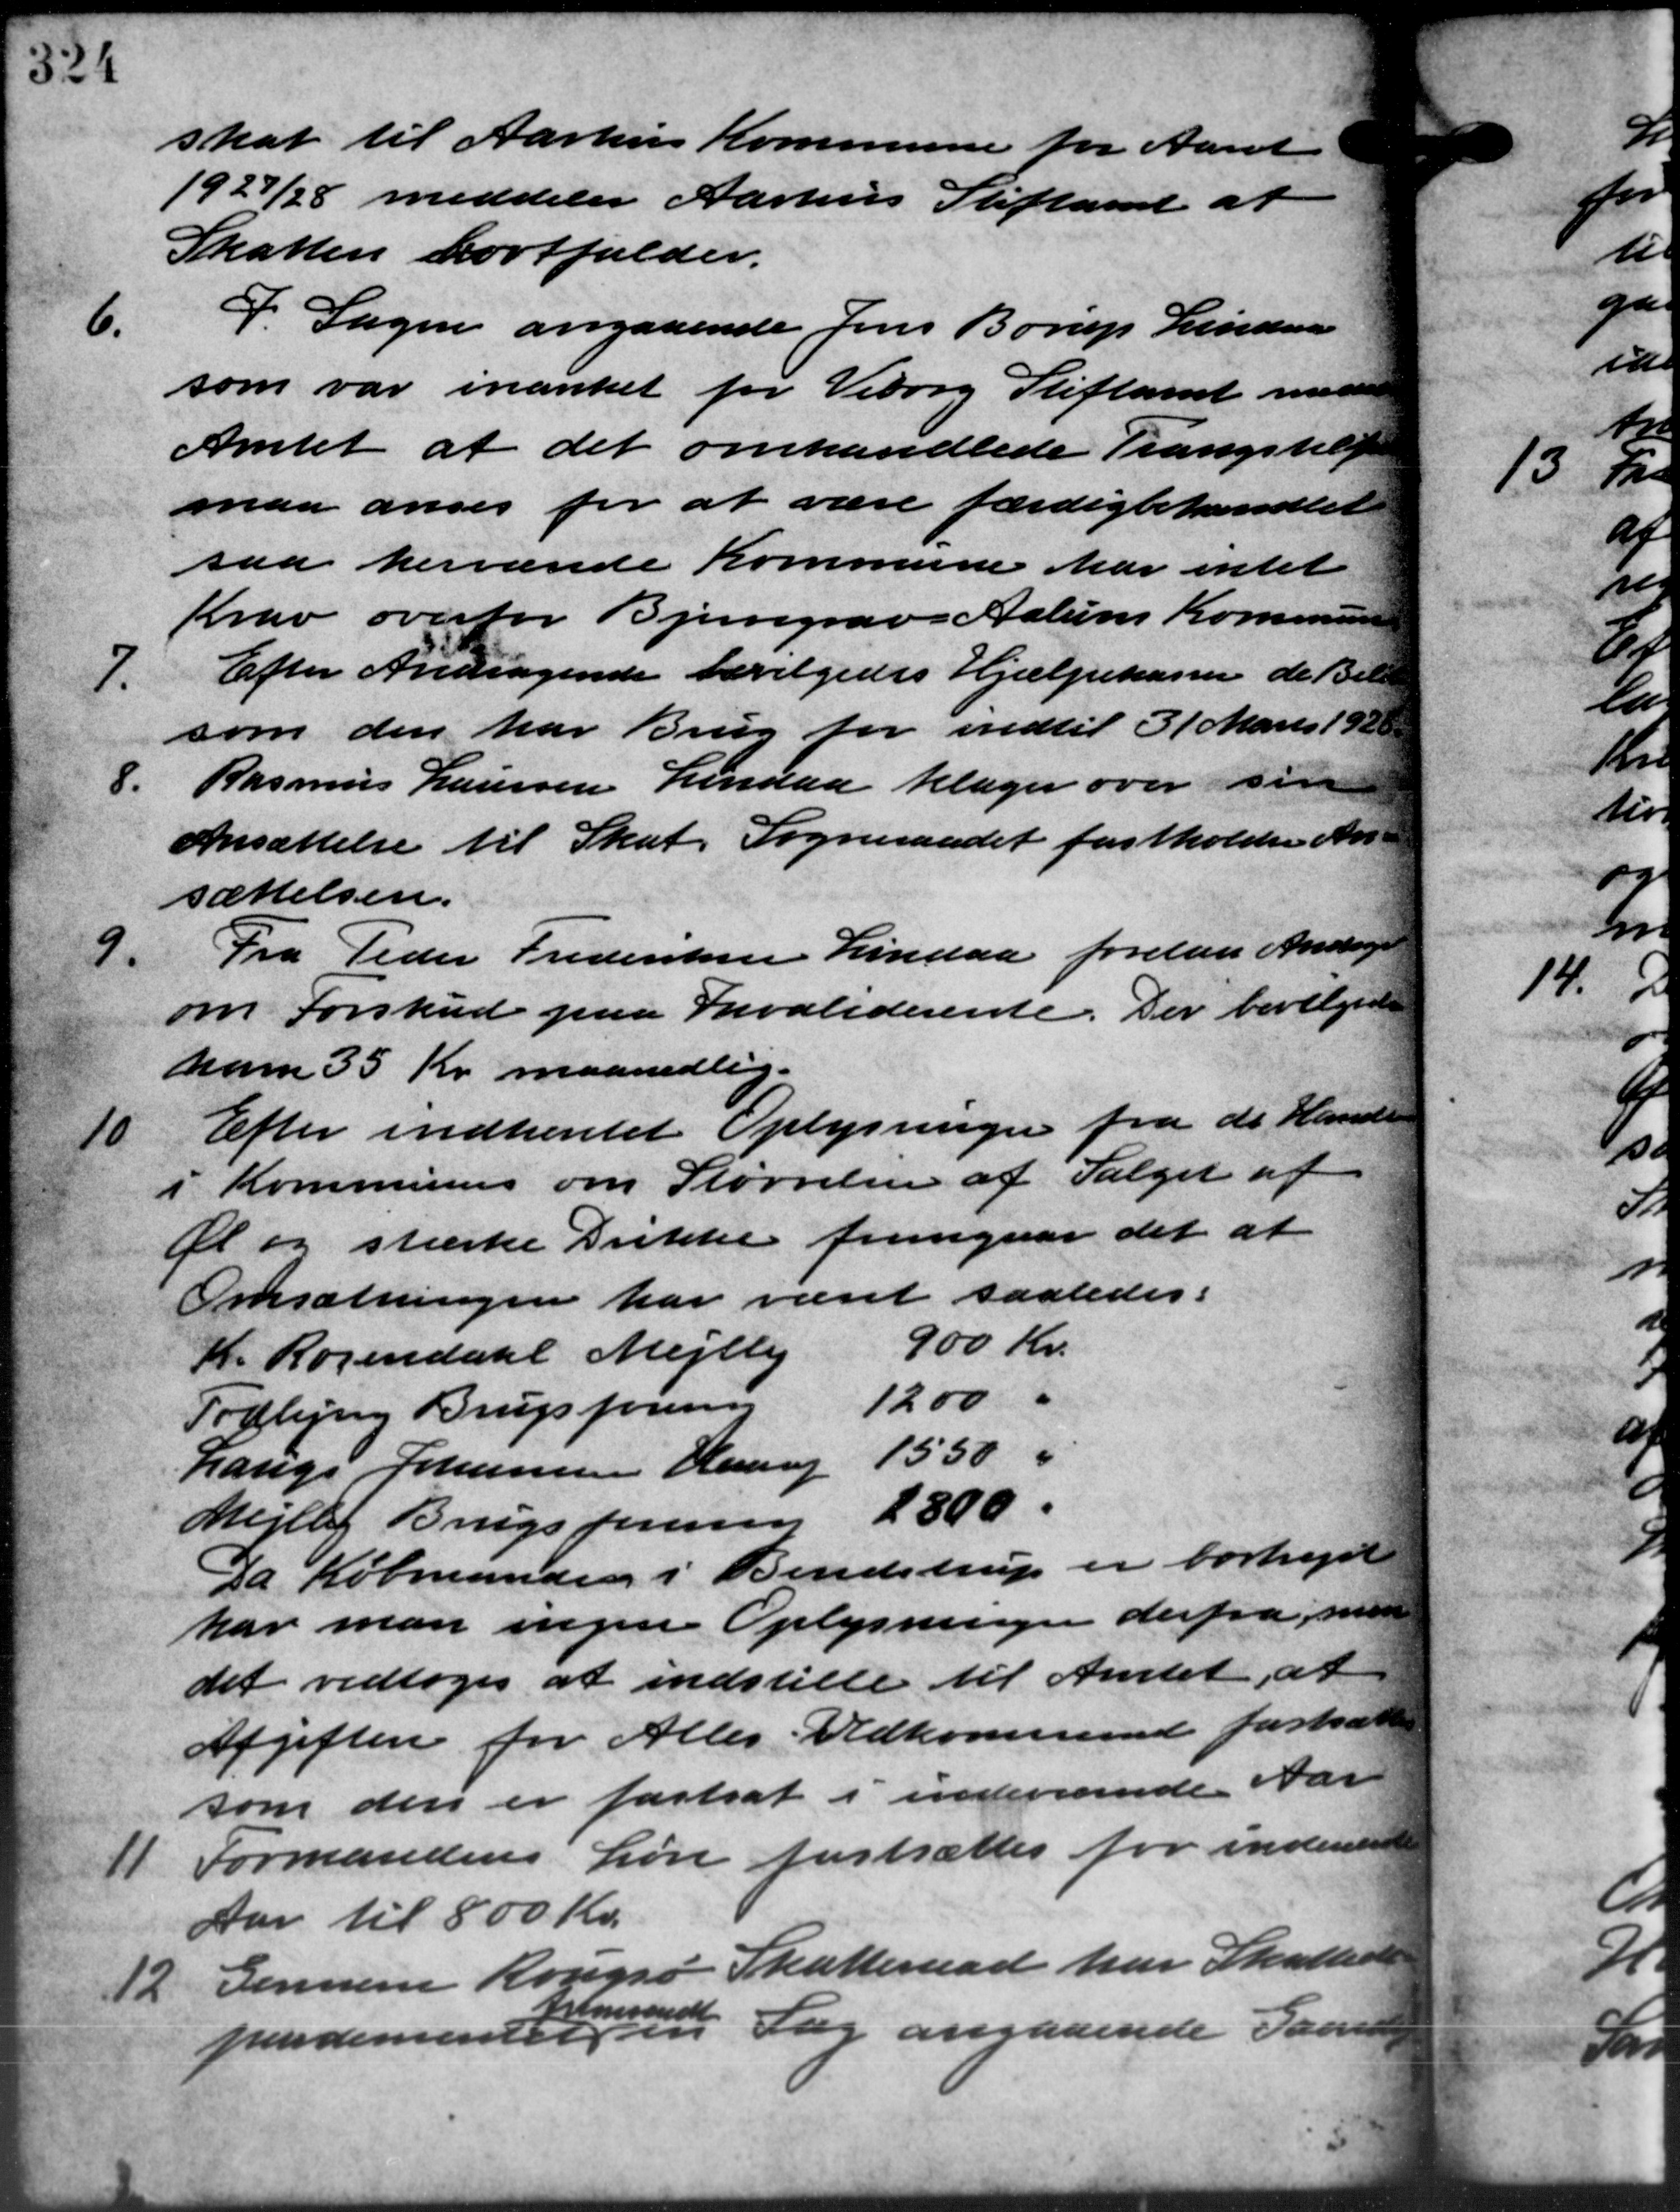
Transskription:
skat til Aarhus Kommune for Aaret
1927/28 meddeler Aarhus Stiftamt at
Skatten bortfalder.
6.
I Sagen angaaende Jens Borup Lindaa
som var inænket for Viborg Stiftamt meddeler
Amtet at det omhandlede Trangstils
maa anses for at være færdigbehandlet
saa herværede Kommune har intet
Krav overfor Bjerregravs Aalum Kommunen
7.
Efter Andragende bevilgedes Hjælpekassen de Bill
som den har Brug for indtil 31 Marts 1920.
8.
Rasmus Laursen Lindaa klager over in
Ansættelse til Skat. Sogneraadet fastholder An –
sættelsen.
9.
Fra Peder Frederiksen Lindaa forelaa Antagelse
om Forskud paa Invaliderente. Der bevilgedes
ham 35 Kr. maanedlig.
10
Efter indhentet Oplysninger fra de Handle
i Kommunes om Størrelsen af Salget af
Øl og stærke Drikke fremgaar det at
Omsætningen har været saaledes:
K. Rosendahl Mejlby 900 Kr.
Todbjerg Brugsforening 12,00
6
Lauge Johannesen Haarup 1550
Mejlby Brugsforening 2800
Da Købmanden i Bendstrup er bortrejst
har man ingen Oplysninger derfra som
det vedtoges at indstille til Amtet, at
Afgiften for Alles Vedkommende fastsætte
som den er fastsat i indeværende Aar
11
Formandens Løn fastsættes for indenere
Aar til 800 Kr.
12. Gennem Rougsø Skatteraad har Skattean
12. Gennem Rougsø Skatteraad har Skattean
pedementer " Sag angaaende San
fremsendt